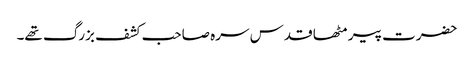
حضرت پیر مٹھا قدس سرہ صاحب کشف بزرگ تھے۔